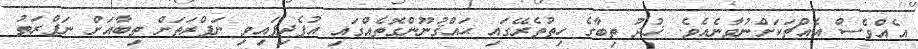
އެއްވެސް އެއްޗަކަށްނުވާނެއެވެ. ޚުދު ތިބާގެ ހިތުތެރޭގައި ޙައްޤުނޫންގޮތެއްގައި އުފެދިފައިވި ނަފްރަތަށް ތިބާއަށް ނަފްރަތު